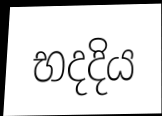
භදදිය